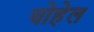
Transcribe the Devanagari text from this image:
चोहेल